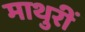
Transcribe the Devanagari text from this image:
माथुरीं